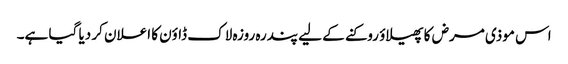
اس موذی مرض کا پھیلاؤ روکنے کے لیے پندرہ روزہ لاک ڈاؤن کا اعلان کر دیا گیا ہے۔